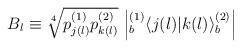
LaTeX: \begin{align*}B_l \equiv \sqrt[4]{p^{(1)}_{j(l)} p^{(2)}_{k(l)}}\,\left| { }^{(1)}_b \! \left\langle {j(l)}|{k(l)}\right\rangle^{(2)}_b \right|\end{align*}